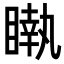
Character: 𥊝